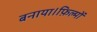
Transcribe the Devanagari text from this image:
बनाया।फ़िल्मों